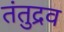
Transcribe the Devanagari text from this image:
तंतुद्रव